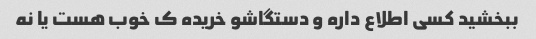
ببخشید کسی اطلاع داره و دستگاشو خریده ک خوب هست یا نه